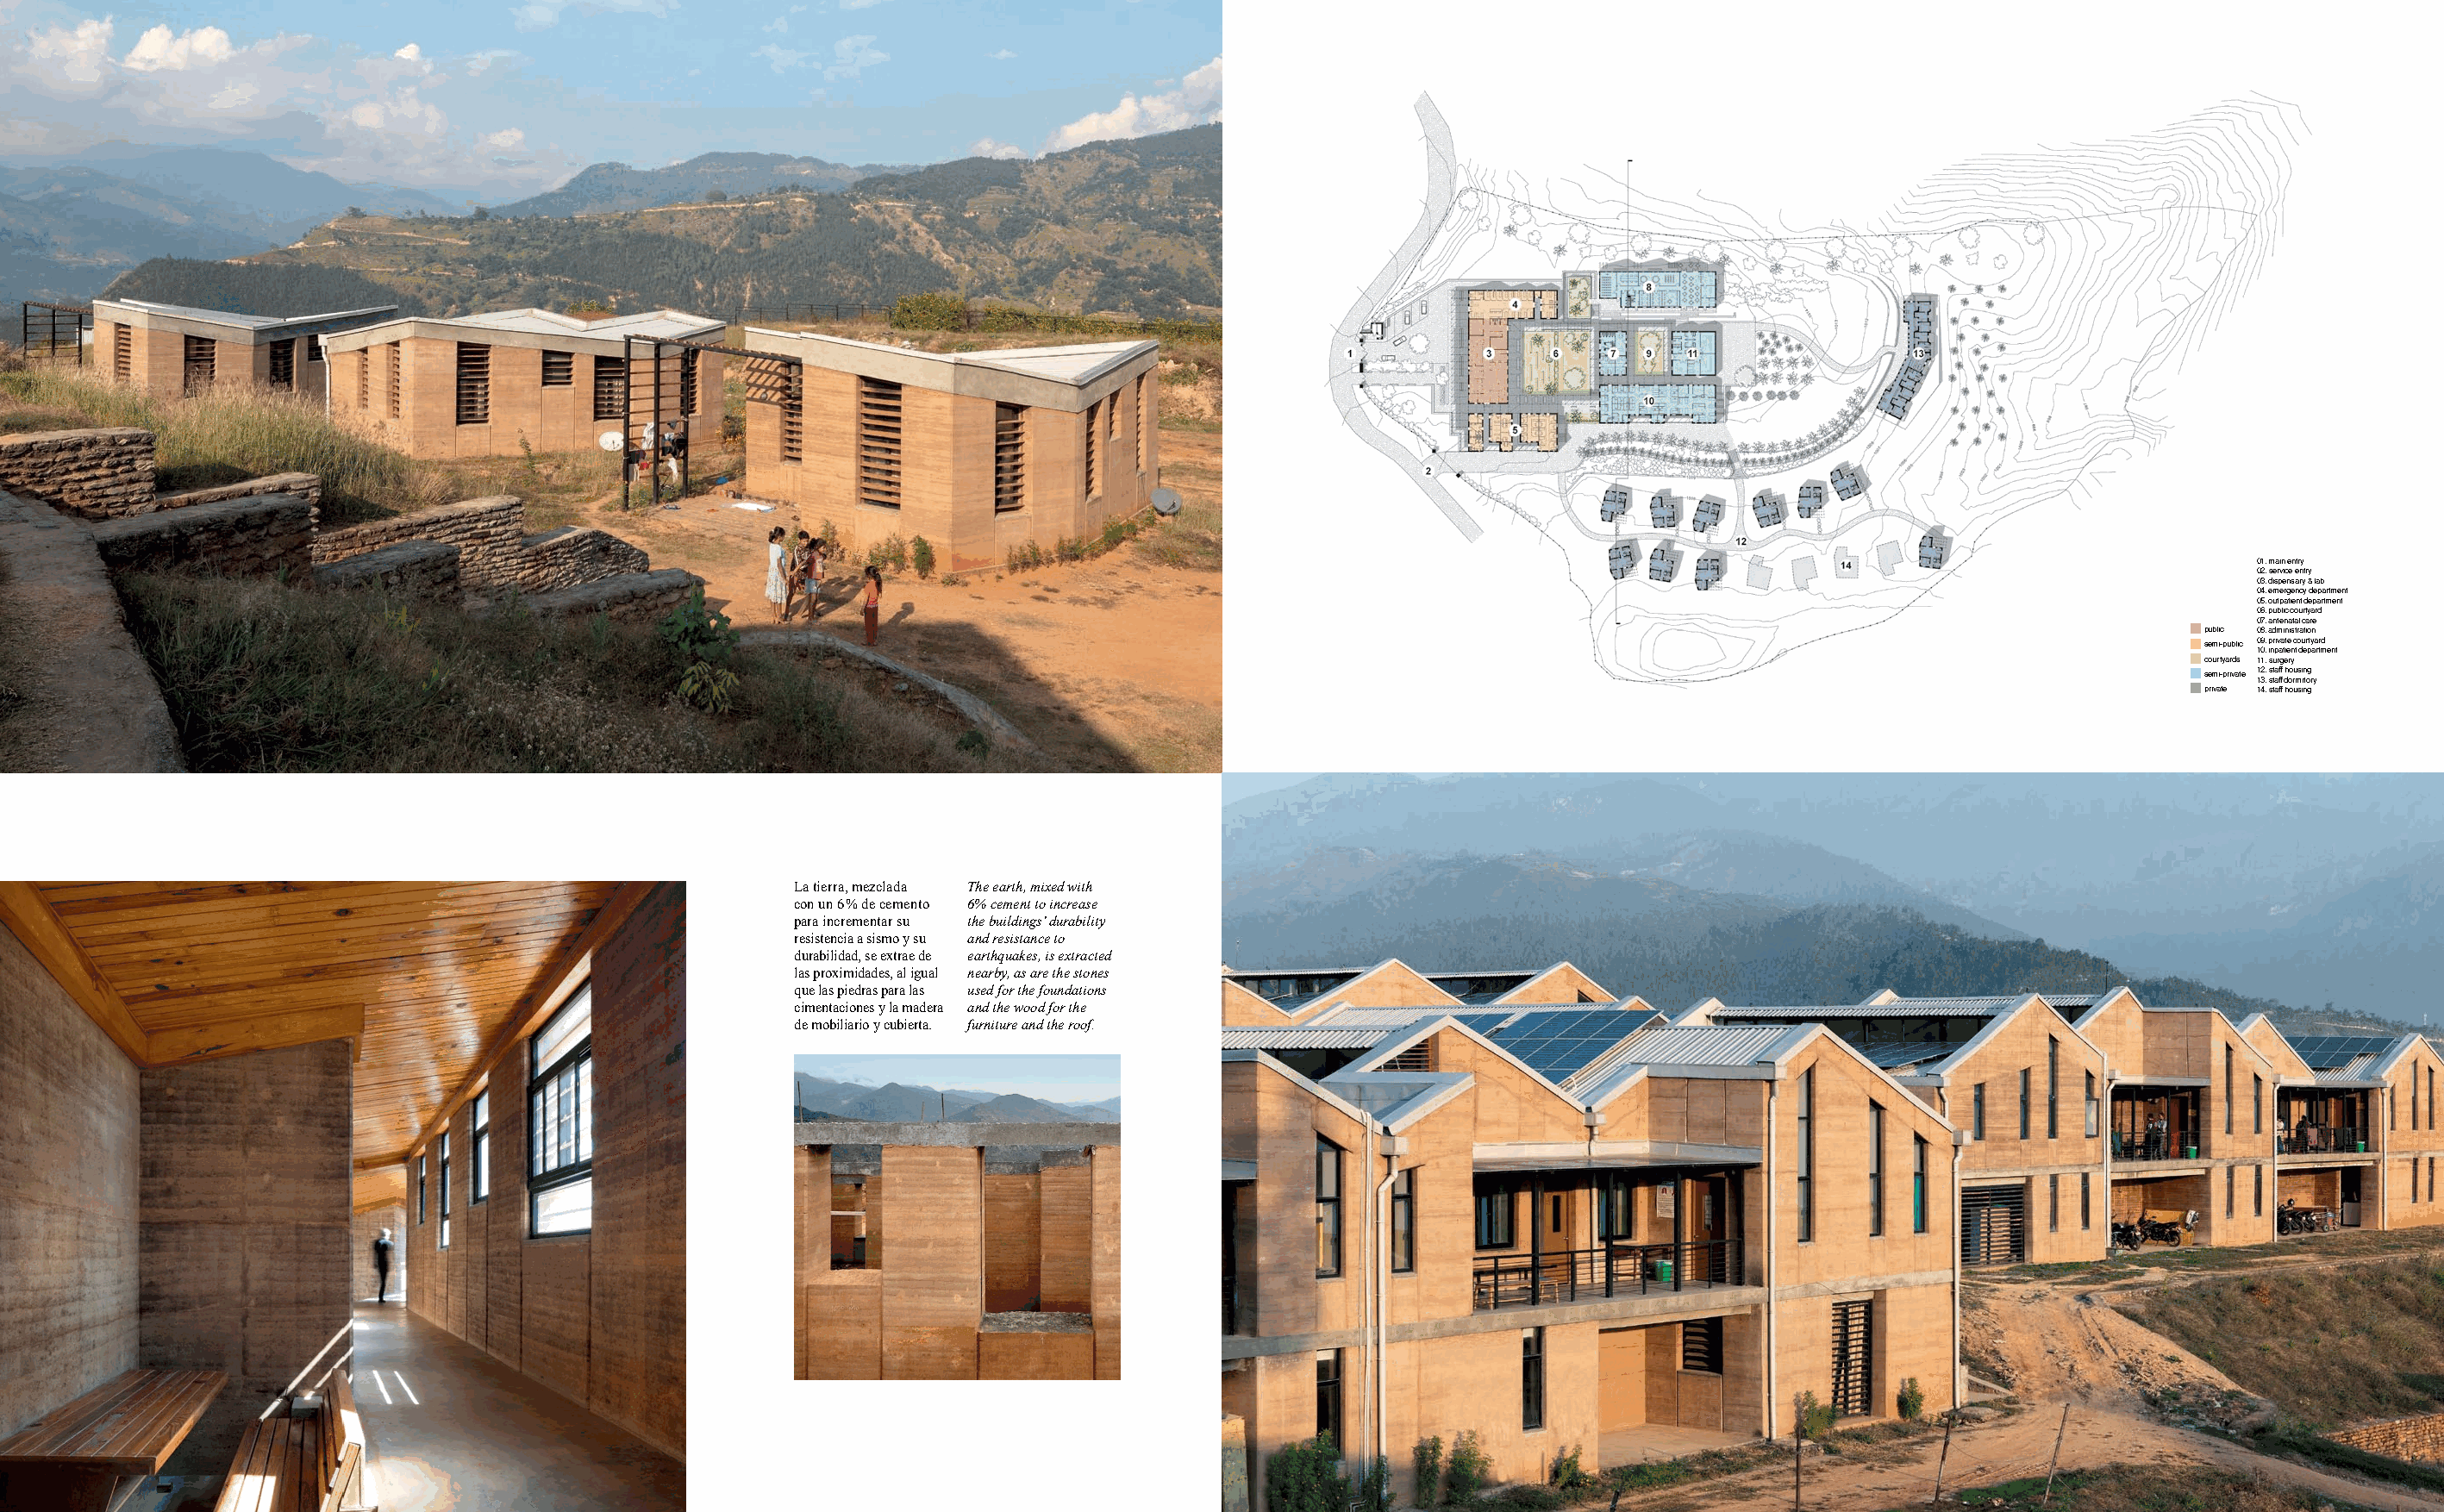
01. main entry
 02. service entry
 03. dispensary & lab
 04. emergency department
 05. outpatient department
 06. public courtyard
 07. antenatal care
 public 08. administration
 semi-public 09. private courtyard
 10. inpatient department
 courtyards 11. surgery
 semi-private 12. staff housing
 13. staff dormitory
 private 14. staff housing
 La tierra, mezclada The earth, mixed with
 con un 6% de cemento 6% cement to increase
 para incrementar su the buildings’ durability
 resistencia a sismo y su and resistance to
 durabilidad, se extrae de earthquakes, is extracted
 las proximidades, al igual nearby, as are the stones
 que las piedras para las used for the foundations
 cimentaciones y la madera and the wood for the
 de mobiliario y cubierta. furniture and the roof.
 68 2021 ArquitecturaViva 237                                                                                                                               ArquitecturaViva 237 2021 69